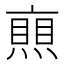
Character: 𠆐